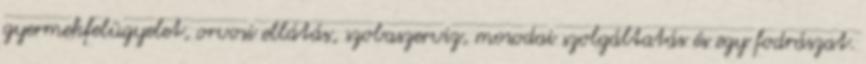
gyermekfelügyelet, orvosi ellátás, szobaszerviz, mosodai szolgáltatás és egy fodrászat.